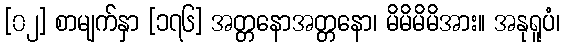
[၀၂] စာမျက်နှာ [၁၇၆] အတ္တနောအတ္တနော၊ မိမိမိမိအား။ အနုရူပံ၊